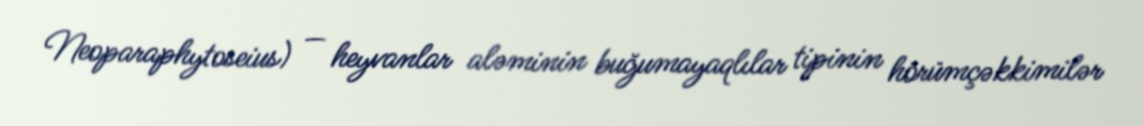
Neoparaphytoseius) — heyvanlar aləminin buğumayaqlılar tipinin hörümçəkkimilər